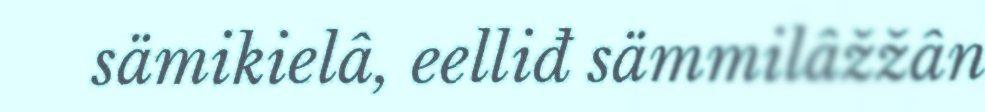
sämikielâ, eelliđ sämmilâžžân